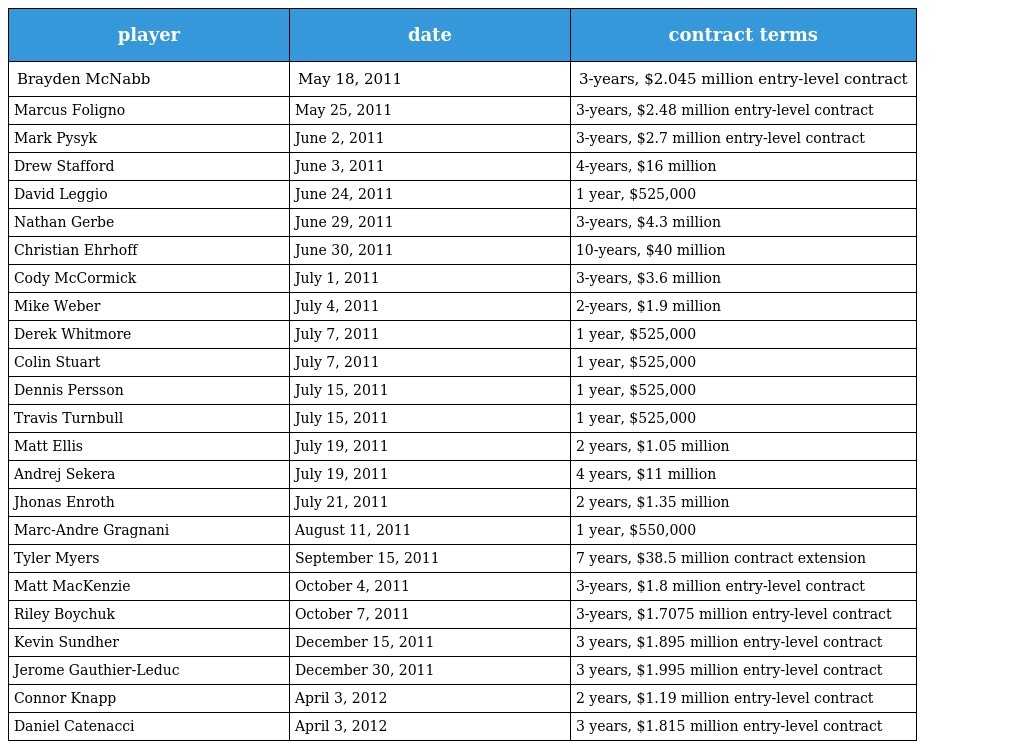
| player | date | contract terms |
 | --- | --- | --- |
 | Brayden McNabb | May 18, 2011 | 3-years, $2.045 million entry-level contract |
 | Marcus Foligno | May 25, 2011 | 3-years, $2.48 million entry-level contract |
 | Mark Pysyk | June 2, 2011 | 3-years, $2.7 million entry-level contract |
 | Drew Stafford | June 3, 2011 | 4-years, $16 million |
 | David Leggio | June 24, 2011 | 1 year, $525,000 |
 | Nathan Gerbe | June 29, 2011 | 3-years, $4.3 million |
 | Christian Ehrhoff | June 30, 2011 | 10-years, $40 million |
 | Cody McCormick | July 1, 2011 | 3-years, $3.6 million |
 | Mike Weber | July 4, 2011 | 2-years, $1.9 million |
 | Derek Whitmore | July 7, 2011 | 1 year, $525,000 |
 | Colin Stuart | July 7, 2011 | 1 year, $525,000 |
 | Dennis Persson | July 15, 2011 | 1 year, $525,000 |
 | Travis Turnbull | July 15, 2011 | 1 year, $525,000 |
 | Matt Ellis | July 19, 2011 | 2 years, $1.05 million |
 | Andrej Sekera | July 19, 2011 | 4 years, $11 million |
 | Jhonas Enroth | July 21, 2011 | 2 years, $1.35 million |
 | Marc-Andre Gragnani | August 11, 2011 | 1 year, $550,000 |
 | Tyler Myers | September 15, 2011 | 7 years, $38.5 million contract extension |
 | Matt MacKenzie | October 4, 2011 | 3-years, $1.8 million entry-level contract |
 | Riley Boychuk | October 7, 2011 | 3-years, $1.7075 million entry-level contract |
 | Kevin Sundher | December 15, 2011 | 3 years, $1.895 million entry-level contract |
 | Jerome Gauthier-Leduc | December 30, 2011 | 3 years, $1.995 million entry-level contract |
 | Connor Knapp | April 3, 2012 | 2 years, $1.19 million entry-level contract |
 | Daniel Catenacci | April 3, 2012 | 3 years, $1.815 million entry-level contract |